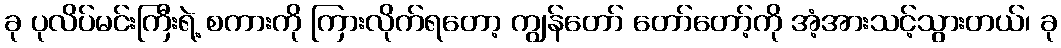
ခု ပုလိပ်မင်းကြီးရဲ့ စကားကို ကြားလိုက်ရတော့ ကျွန်တော် တော်တော့်ကို အံ့အားသင့်သွားတယ်၊ ခု